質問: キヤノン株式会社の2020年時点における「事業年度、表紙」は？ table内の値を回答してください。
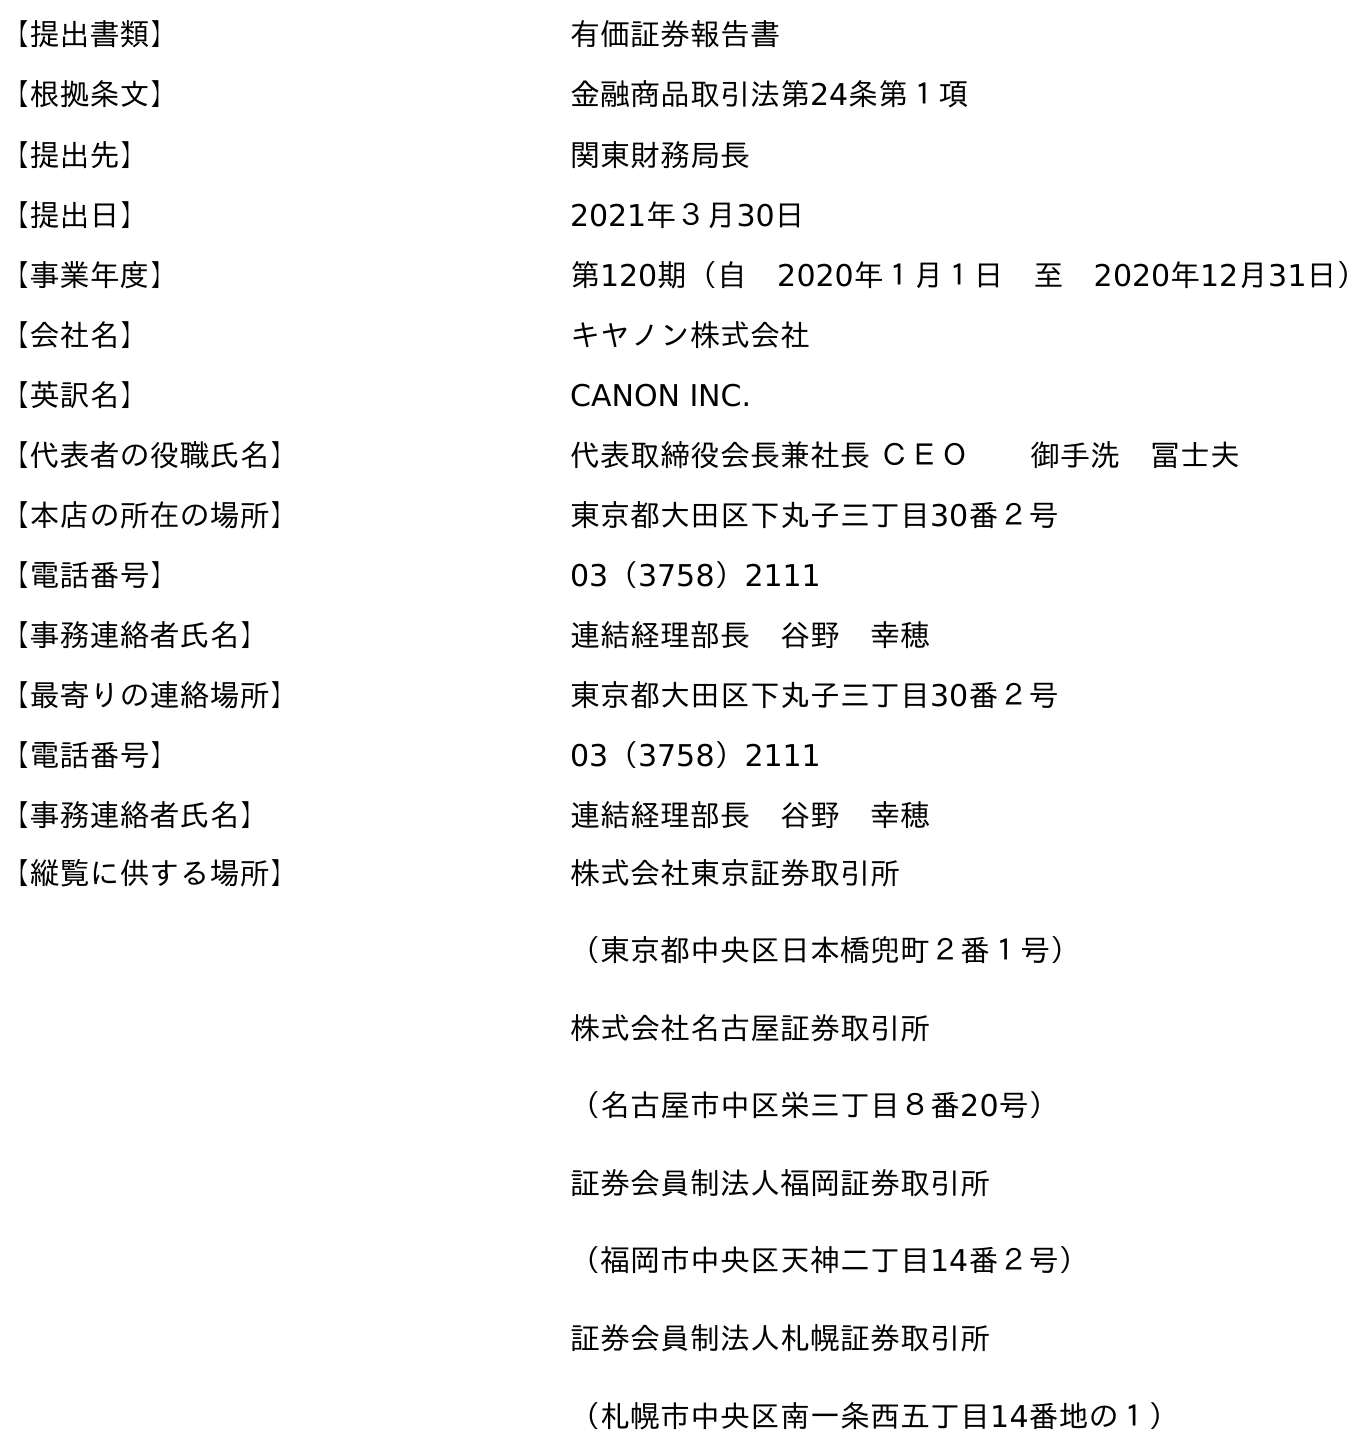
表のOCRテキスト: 【提出書類】 有価証券報告書 【根拠条文】 金融商品取引法第24条第１項 【提出先】 関東財務局長 【提出日】 2021年３月30日 【事業年度】 第120期（自 2020年１月１日 至 2020年12月31日） 【会社名】 キヤノン株式会社 【英訳名】 CANON INC. 【代表者の役職氏名】 代表取締役会長兼社長 ＣＥＯ  御手洗 冨士夫 【本店の所在の場所】 東京都大田区下丸子三丁目30番２号 【電話番号】 03（3758）2111 【事務連絡者氏名】 連結経理部長 谷野 幸穂 【最寄りの連絡場所】 東京都大田区下丸子三丁目30番２号 【電話番号】 03（3758）2111 【事務連絡者氏名】 連結経理部長 谷野 幸穂 【縦覧に供する場所】 株式会社東京証券取引所 （東京都中央区日本橋兜町２番１号） 株式会社名古屋証券取引所 （名古屋市中区栄三丁目８番20号） 証券会員制法人福岡証券取引所 （福岡市中央区天神二丁目14番２号） 証券会員制法人札幌証券取引所 （札幌市中央区南一条西五丁目14番地の１）
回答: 第120期（自　2020年１月１日　至　2020年12月31日）